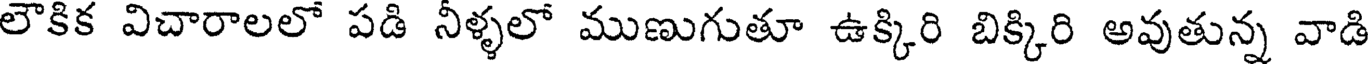
లౌకిక విచారాలలో పడి నీళ్ళలో ముణుగుతూ ఉక్కిరి బిక్కిరి అవుతున్న వాడి